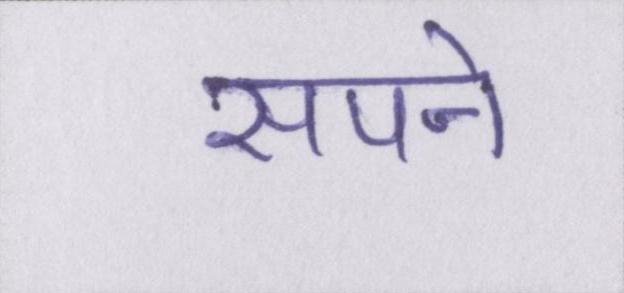
सपने